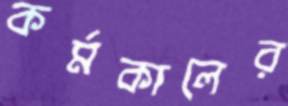
কর্মকালের